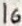
Text: 16